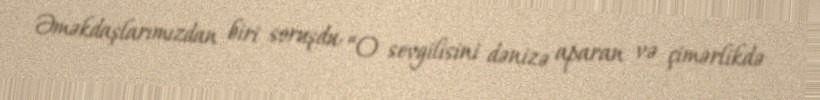
Əməkdaşlarımızdan biri soruşdu: “O sevgilisini dənizə aparan və çimərlikdə